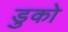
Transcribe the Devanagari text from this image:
डुको